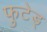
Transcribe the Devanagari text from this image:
फुटेड्